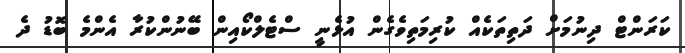
ކަރަންޓް ދިނުމަށް ދަތިތަކެއް ކުރިމަތިވެގެން އުޅެނީ ސްޓެލްކޯއިން ބޭނުންކުރާ އެންމެ ބޮޑު ދެ